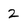
Character: 2